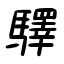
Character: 驛